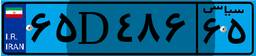
۶۵D۴۸۶۶۵